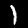
Label: 1